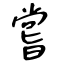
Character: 嘗